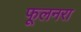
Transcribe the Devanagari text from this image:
फूलनरा